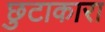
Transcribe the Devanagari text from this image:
छुटाकारा